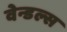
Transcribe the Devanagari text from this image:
वेन्डल्स